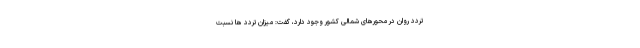
تردد روان در محورهای شمالی کشور وجود دارد، گفت: میزان تردد ها نسبت